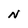
Character: N